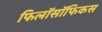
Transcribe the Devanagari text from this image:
फिलॉसॉफिकस